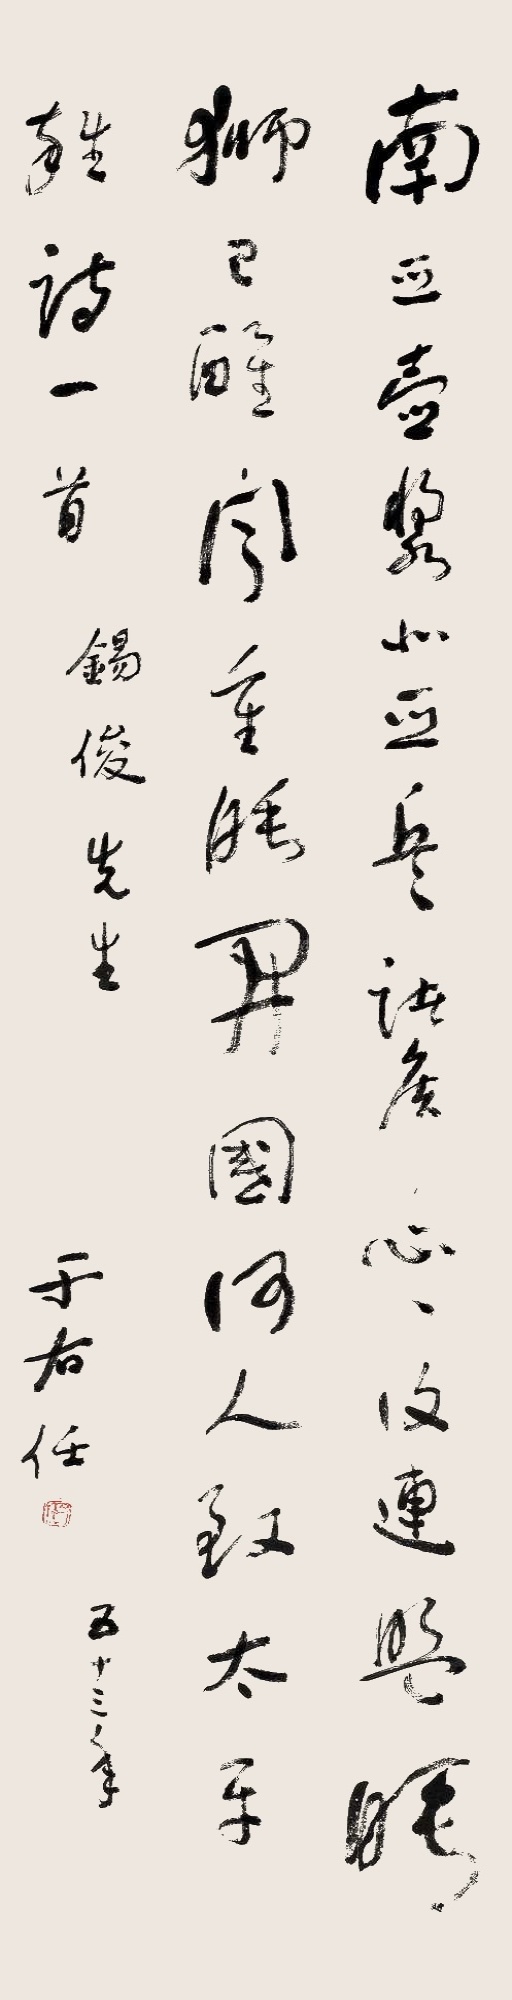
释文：南亚壶浆北亚岳，诸侯心心信联盟。睡狮已醒闻重睡，开国和人致太平。杂诗一首。锡俊先生五十三年。于右任。